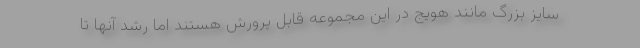
سایز بزرگ مانند هویج در این مجموعه قابل پرورش هستند اما رشد آنها تا